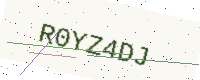
Text: R0YZ4DJ